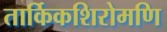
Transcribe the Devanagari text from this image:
तार्किकशिरोमणि